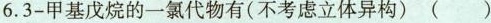
6. 3-甲基戊烷的一氯代物有(不考虑立体异构) ()